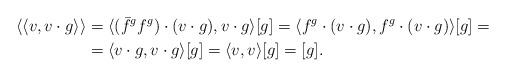
LaTeX: \begin{align*}\langle\langle v, v\cdot g \rangle\rangle &=\langle (\bar f^g f^g)\cdot (v\cdot g), v\cdot g \rangle[g]=\langle f^g\cdot (v\cdot g), f^g\cdot (v\cdot g)\rangle[g]=\\&=\langle v\cdot g, v \cdot g\rangle[g]=\langle v, v \rangle[g]=[g].\end{align*}